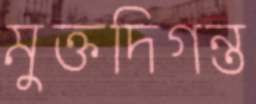
মুক্তদিগন্ত